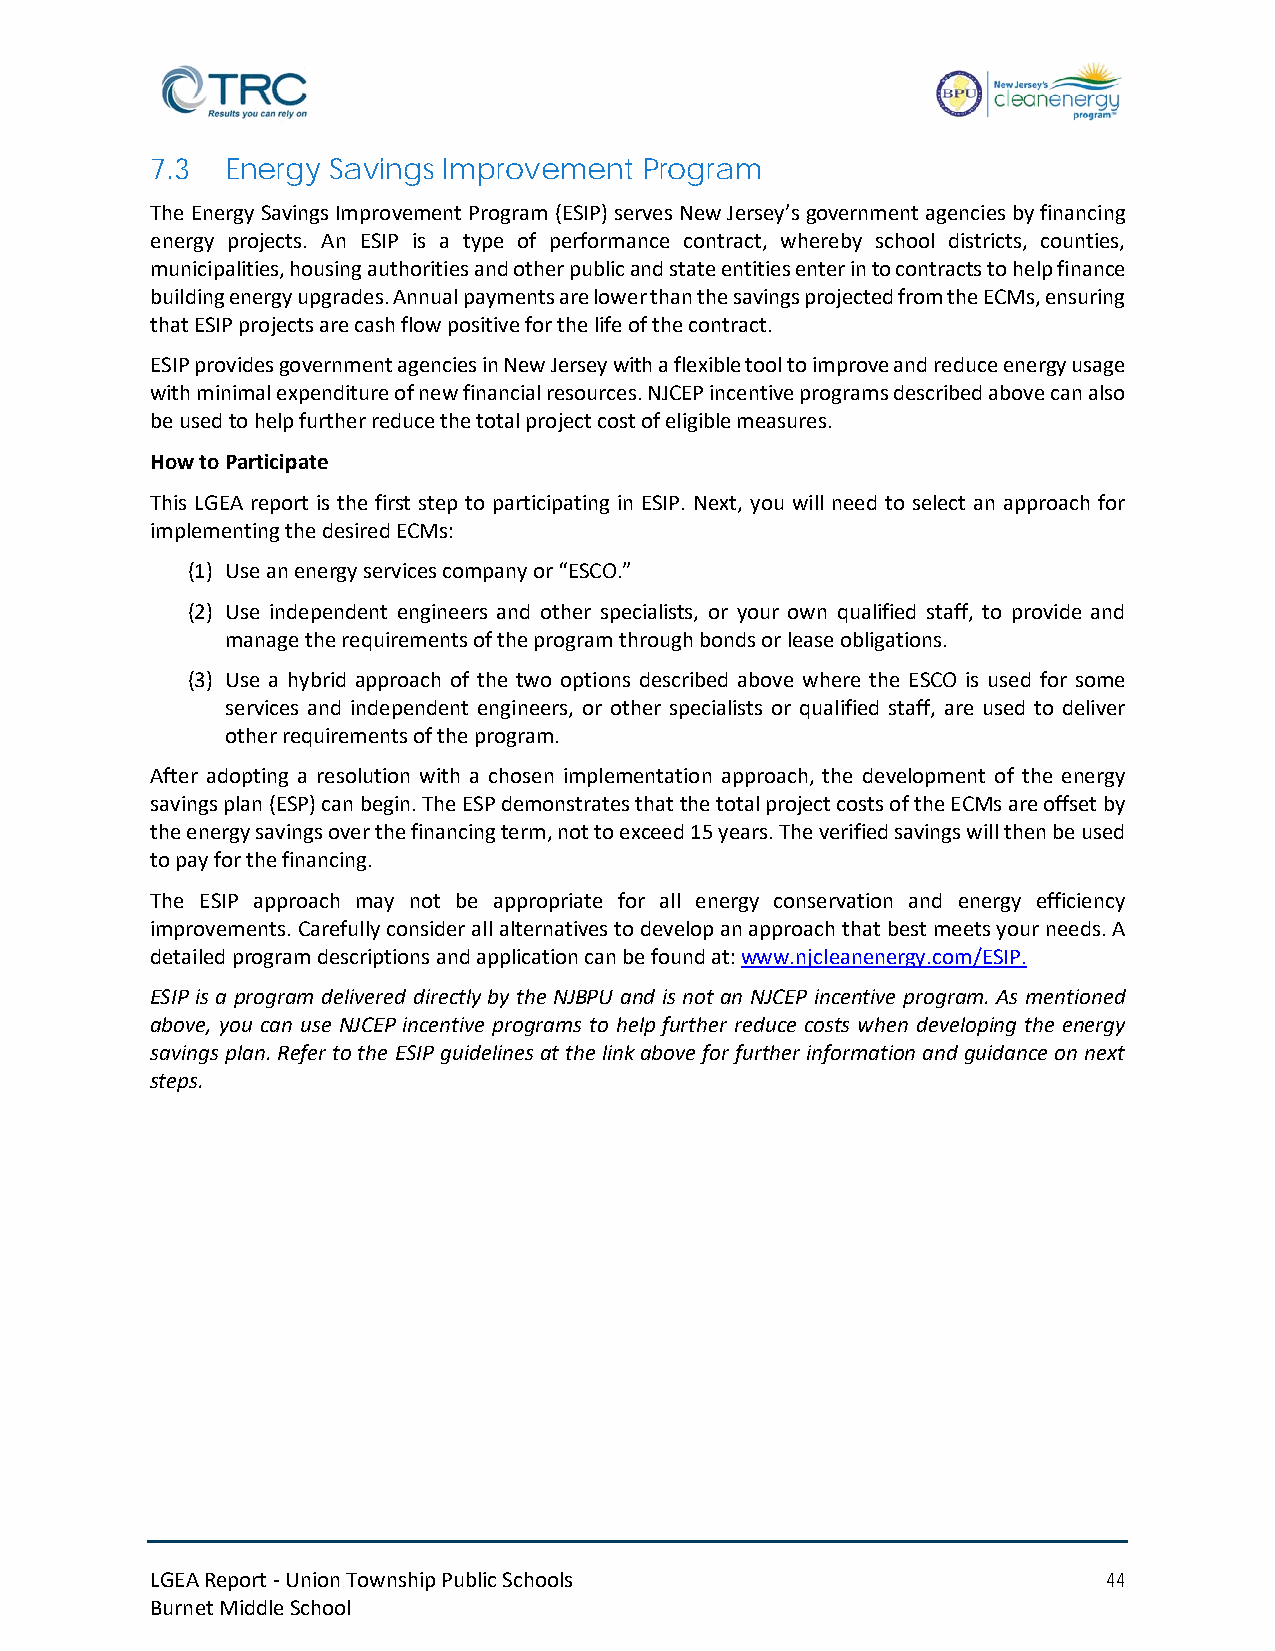
7.3  Energy Savings Improvement Program
 The Energy Savings Improvement Program (ESIP) serves New Jersey’s government agencies by financing
 energy projects. An ESIP is a type of performance contract, whereby school districts, counties,
 municipalities, housing authorities and other public and state entities enter in to contracts to help finance
 building energy upgrades. Annual payments are lower than the savings projected from the ECMs, ensuring
 that ESIP projects are cash flow positive for the life of the contract.
 ESIP provides government agencies in New Jersey with a flexible tool to improve and reduce energy usage
 with minimal expenditure of new financial resources. NJCEP incentive programs described above can also
 be used to help further reduce the total project cost of eligible measures.
 How to Participate
 This LGEA report is the first step to participating in ESIP. Next, you will need to select an approach for
 implementing the desired ECMs:
 (1) Use an energy services company or “ESCO.”
 (2) Use independent engineers and other specialists, or your own qualified staff, to provide and
 manage the requirements of the program through bonds or lease obligations.
 (3) Use a hybrid approach of the two options described above where the ESCO is used for some
 services and independent engineers, or other specialists or qualified staff, are used to deliver
 other requirements of the program.
 After adopting a resolution with a chosen implementation approach, the development of the energy
 savings plan (ESP) can begin. The ESP demonstrates that the total project costs of the ECMs are offset by
 the energy savings over the financing term, not to exceed 15 years. The verified savings will then be used
 to pay for the financing.
 The ESIP approach may not be appropriate for all energy conservation and energy efficiency
 improvements. Carefully consider all alternatives to develop an approach that best meets your needs. A
 detailed program descriptions and application can be found at: www.njcleanenergy.com/ESIP.
 ESIP is a program delivered directly by the NJBPU and is not an NJCEP incentive program. As mentioned
 above, you can use NJCEP incentive programs to help further reduce costs when developing the energy
 savings plan. Refer to the ESIP guidelines at the link above for further information and guidance on next
 steps.
 LGEA Report - Union Township Public Schools                    44
 Burnet Middle School